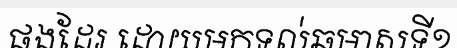
ផងដែរ ដោយមកទល់ឆមាសទី១